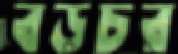
বড়চর